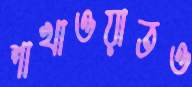
শাখাওয়াতও